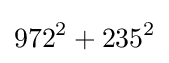
972^{2}+235^{2}